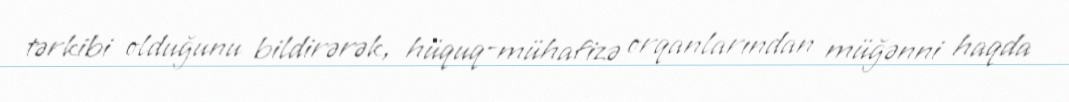
tərkibi olduğunu bildirərək, hüquq-mühafizə orqanlarından müğənni haqda